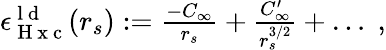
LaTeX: \begin{array}{r}{\epsilon_{\mathrm{~H~x~c~}}^{\mathrm{~l~d~}}(r_{s}):=\frac{-C_{\infty}}{r_{s}}+\frac{C_{\infty}^{\prime}}{r_{s}^{3/2}}+\ldots\; ,}\end{array}